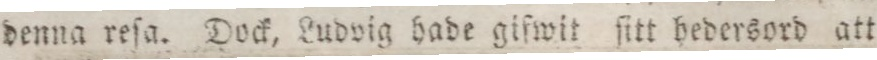
denna reſa. Dock, Ludvig hade gifwit ſitt hedersord att